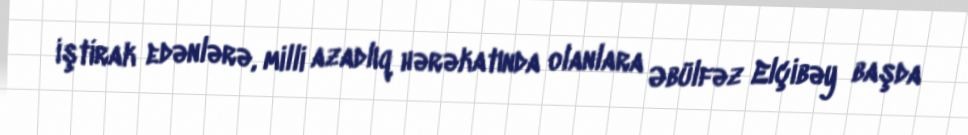
iştirak edənlərə, milli azadlıq hərəkatında olanlara Əbülfəz Elçibəy başda